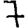
Digit: 7